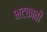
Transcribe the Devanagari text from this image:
भटकाती